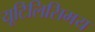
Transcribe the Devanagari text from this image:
यूटिलिसिमय